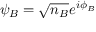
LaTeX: \psi _ { B } = { \sqrt { n _ { B } } } e ^ { i \phi _ { B } }